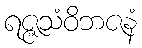
ရဇ္ဇသံဝိဘဇနံ